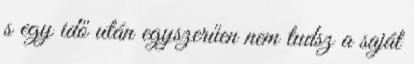
s egy idő után egyszerűen nem tudsz a saját